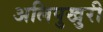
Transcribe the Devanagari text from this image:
अलिपुखुरी